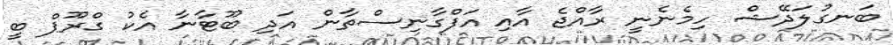
ބަނގުލަދޭޝް ހިމެނެނީ ރާއްޖެ އާއި އަފްގާނިސްތާން އަދި ބޫޓާނާ އެކު ގްރޫޕް ބީ